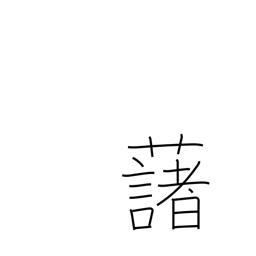
Meaning: potato